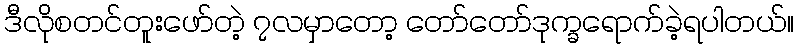
ဒီလိုစတင်တူးဖော်တဲ့ ၇လမှာတော့ တော်တော်ဒုက္ခရောက်ခဲ့ရပါတယ်။